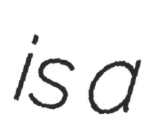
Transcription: is a